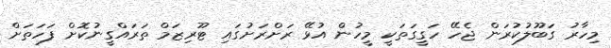
މިހާރު ގަބޫލުކުރަން ޖެހޭ ހަގީގަތަކީ މީހުން އުޅޭ ރަށްރަށުގައި ޓޫރިޒަމް ތަރައްގީނުކޮށް ފަހަތަށް